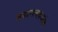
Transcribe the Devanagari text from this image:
सकारात्मकअनेक